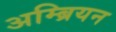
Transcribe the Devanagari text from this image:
अम्ब्रियन